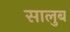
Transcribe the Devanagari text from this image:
सालुब